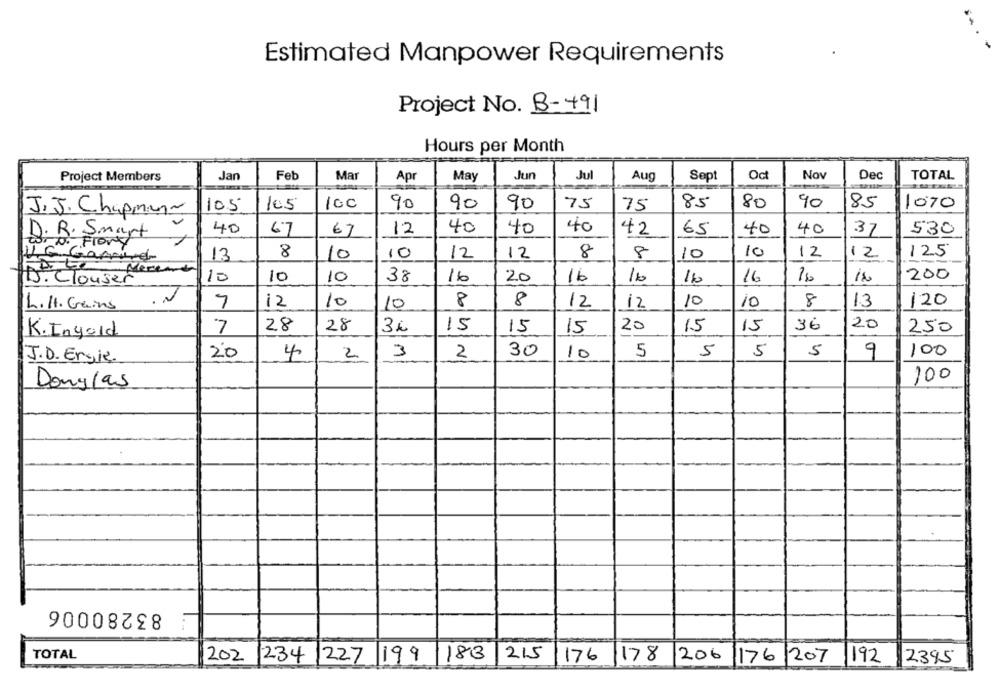
Estimated Manpower Requirements
Project No. B-491
Hours per Month
Project Members
Jan
Feb
Mar
Ap
May
Jun
Jul
Aug
Sept
Oct
Nov
Dec
TOTAL
105
105
100
90
90
90
75
75
85
80
90
85
1070
J. J. Chapman~
40
40
40
40
D.R.S.
· Smart
6.7
67
12
40
42
65
40
.37
530
11na Flory
13
8
10
10
12
12
8
8
10
10
12
12
125
Garnier
Mereme
10
200
15. Clouser
10
10
38
16
20
16
16
16
16
7
12
10
8
8
12
12
10
10
8
13
120
L.H. Gains
10
20
7
28
28
36
15
15
15
20
15
15
36
250
K.Ingold
30
5
5
5
9
100
J.D. Ergie.
20
4
2
3
2
10
5
100
Douglas
83280006
TOTAL
202
1183
215/176
234 227 199
178 206 176 207 192
2395